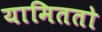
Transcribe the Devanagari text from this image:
यामिततो